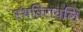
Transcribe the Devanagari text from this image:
स्थविरावलि